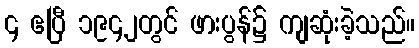
၄ ဧပြီ ၁၉၄၂တွင် ဖားပွန်၌ ကျဆုံးခဲ့သည်။